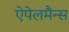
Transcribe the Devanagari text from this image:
ऐपेलमैन्स